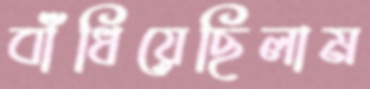
বাঁধিয়েছিলাম